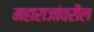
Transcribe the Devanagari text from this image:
महाराजांवरील